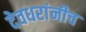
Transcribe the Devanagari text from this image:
देवधरांनीच